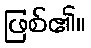
ဖြစ်၏။